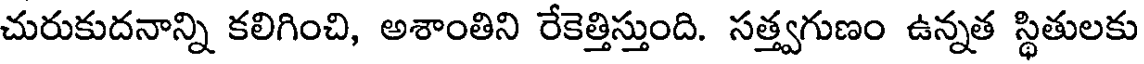
చురుకుదనాన్ని కలిగించి, అశాంతిని రేకెత్తిస్తుంది. సత్త్వగుణం ఉన్నత స్థితులకు